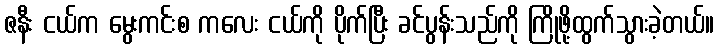
ဇနီး ငယ်က မွေးကင်းစ ကလေး ငယ်ကို ပိုက်ပြီး ခင်ပွန်းသည်ကို ကြိုဖို့ထွက်သွားခဲ့တယ်။